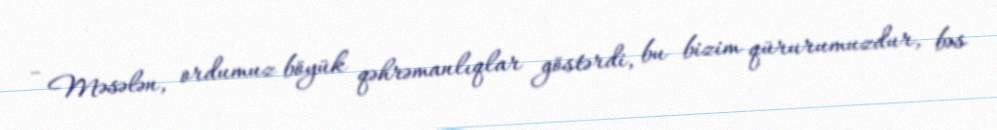
- Məsələn, ordumuz böyük qəhrəmanlıqlar göstərdi, bu bizim qürurumuzdur, bəs